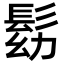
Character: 𩬗